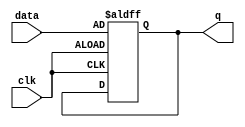
module edge_triggered_latch (
    input wire data,
    input wire clk,
    output reg q
);

always @(posedge clk or negedge clk) begin
    if (clk) begin
        q <= data;
    end
end

endmodule